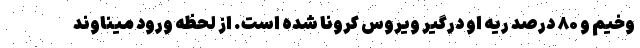
وخیم و ۸۰ درصد ریه او درگیر ویروس کرونا شده است. از لحظه ورود میناوند